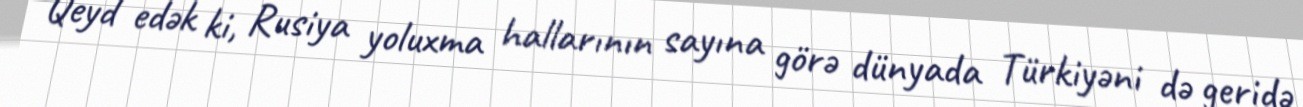
Qeyd edək ki, Rusiya yoluxma hallarının sayına görə dünyada Türkiyəni də geridə